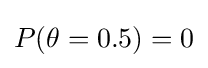
P(\theta =0.5)=0